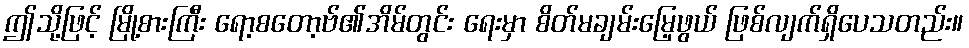
ဤသို့ဖြင့် မြို့စားကြီး ရော့စတော့ဗ်၏အိမ်တွင်း ရေးမှာ စိတ်မချမ်းမြေ့ဖွယ် ဖြစ်လျက်ရှိပေသတည်း။